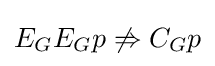
E_{G}E_{G}p\not \Rightarrow C_{G}p